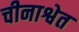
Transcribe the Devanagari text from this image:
चीनाश्वेत